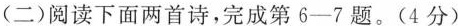
(二)阅读下面两首诗，完成第6-7题。(4分)